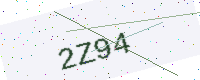
Text: 2Z94